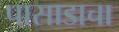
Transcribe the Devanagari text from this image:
पासाडाचा